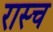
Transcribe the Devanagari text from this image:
रास्च